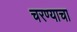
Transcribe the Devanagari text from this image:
चरण्याचा